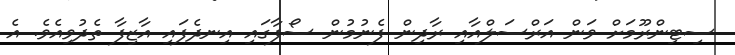
ސިޓިންރޫމަށް ވަން އަރްސަލްއާއި ރާދިން ފެނުމުން ސޯފާގައި އިނދެފައި އާޒިފާ ތެދުވިއެވެ. އެ